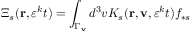
\Xi _ { s } ( \mathbf { r } , \varepsilon ^ { k } t ) = \int _ { \Gamma _ { \mathbf { v } } } d ^ { 3 } v K _ { s } ( \mathbf { r } , \mathbf { v } , \varepsilon ^ { k } t ) f _ { \ast s }